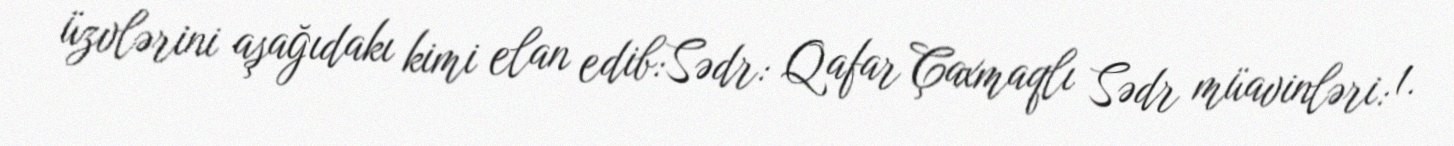
üzvlərini aşağıdakı kimi elan edib:Sədr: Qafar Çaxmaqlı Sədr müavinləri: 1.